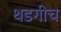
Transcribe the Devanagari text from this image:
थडगीच